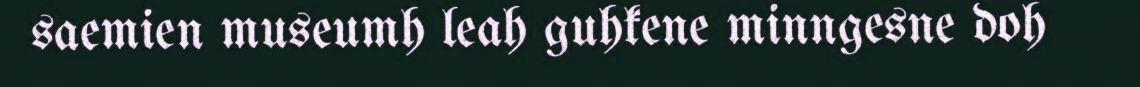
saemien museumh leah guhkene minngesne doh